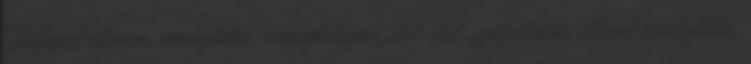
Budapest étterem, vendéglátás, vendéglátóipar, étel, ital, szolgáltatás, éttermi vendéglátás,